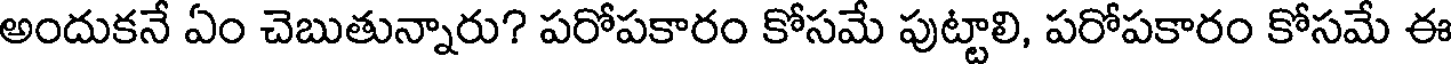
అందుకనే ఏం చెబుతున్నారు? పరోపకారం కోసమే పుట్టాలి, పరోపకారం కోసమే ఈ